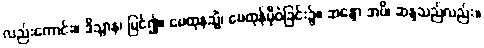
လည်းကောင်း။ ဒိသွာန၊ မြင်၍။ မေထုနသ္မိံ၊ မေထုန်မှီဝဲခြင်း၌။ ဆန္ဒော အပိ၊ ဆန္ဒသည်လည်း။